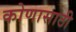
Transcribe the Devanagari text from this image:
कोणासाठी